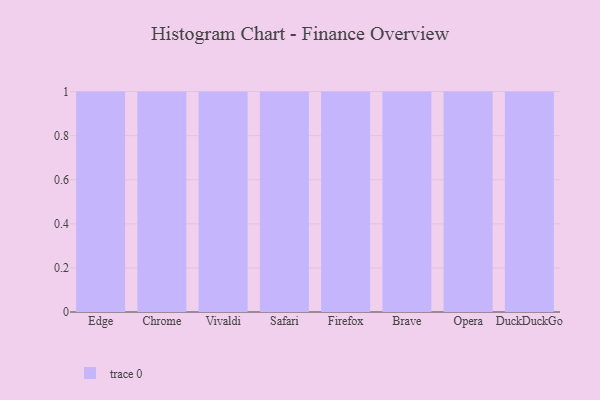
{"axis": {"x": "Browser", "y": "Website Visitors"}, "legend": [""], "data": [{"x": "Edge", "y": 24, "type": ""}, {"x": "Chrome", "y": 17, "type": ""}, {"x": "Vivaldi", "y": 45, "type": ""}, {"x": "Safari", "y": 31, "type": ""}, {"x": "Firefox", "y": 94, "type": ""}, {"x": "Brave", "y": 35, "type": ""}, {"x": "Opera", "y": 64, "type": ""}, {"x": "DuckDuckGo", "y": 58, "type": ""}]}